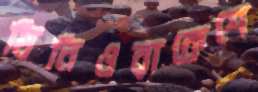
যিনিওরাকেশে